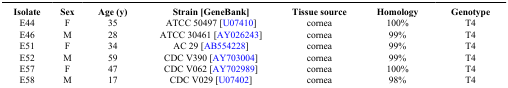
| Isolate | Sex | Age (y) | Strain [GeneBank] | Tissue source | Homology | Genotype |
 | --- | --- | --- | --- | --- | --- | --- |
 | E44 | F | 35 | ATCC 50497 [U07410] | cornea | 100% | T4 |
 | E46 | M | 28 | ATCC 30461 [AY026243] | cornea | 99% | T4 |
 | E51 | F | 34 | AC 29 [AB554228] | cornea | 99% | T4 |
 | E52 | M | 59 | CDC V390 [AY703004] | cornea | 99% | T4 |
 | E57 | F | 47 | CDC V062 [AY702989] | cornea | 100% | T4 |
 | E58 | M | 17 | CDC V029 [U07402] | cornea | 98% | T4 |